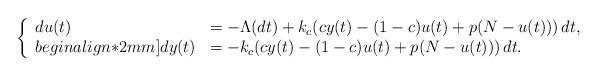
LaTeX: \begin{align*} \left\{\begin{array}{lll}du(t)&=-\Lambda(dt)+k_c(cy(t)-(1-c)u(t)+p(N-u(t)))\,dt, \\begin{align*}2mm]dy(t) &=-k_c(cy(t)-(1-c)u(t)+p(N-u(t)))\,dt.\end{array}\right. \end{align*}